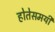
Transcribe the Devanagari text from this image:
होतेसमयी